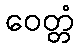
ဝေတ္တံ